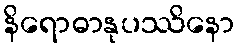
နိရောဓာနုပဿိနော